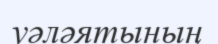
уәләятының